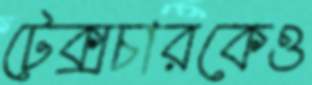
টেক্সচারকেও